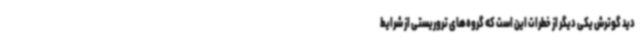
دید گوترش یکی دیگر از خطرات این است که گروه‌های تروریستی از شرایط